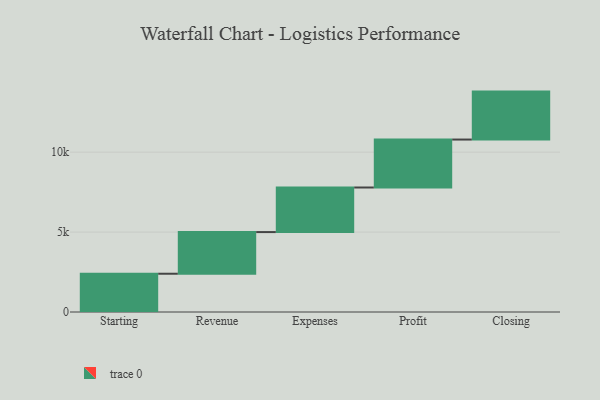
{"axis": {"x": "Step", "y": "Value"}, "legend": [""], "data": [{"x": "Starting", "y": 2394.0, "type": ""}, {"x": "Revenue", "y": 2606.0, "type": ""}, {"x": "Expenses", "y": 2789.0, "type": ""}, {"x": "Profit", "y": 3000, "type": ""}, {"x": "Closing", "y": 3000, "type": ""}]}